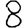
Digit: 8